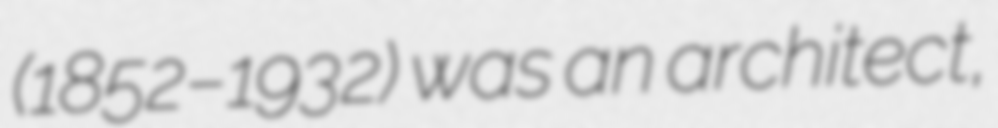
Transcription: (1852–1932) was an architect,